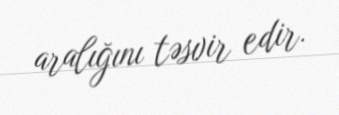
aralığını təsvir edir.